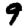
Digit: 9